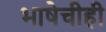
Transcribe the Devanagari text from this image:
भाषेचीही